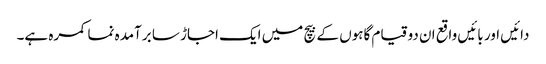
دائیں اور بائیں واقع ان دو قیام گاہوں کے بیچ میں ایک اجاڑ سا برآمدہ نما کمرہ ہے۔